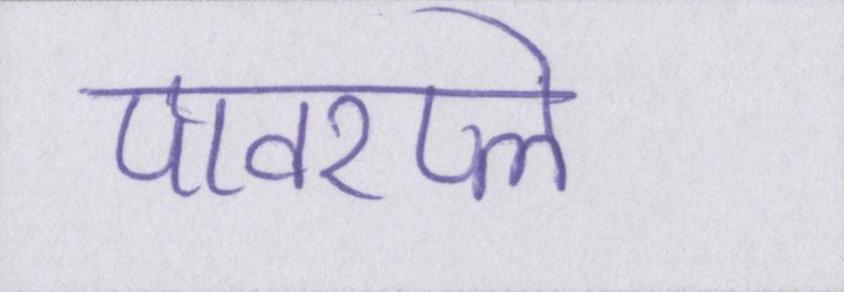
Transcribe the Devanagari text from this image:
पावरप्ले